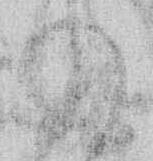
の